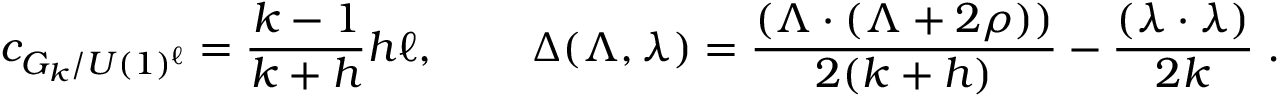
c _ { G _ { k } / U ( 1 ) ^ { \ell } } = \frac { k - 1 } { k + h } h \ell , \, \quad \quad \Delta ( \Lambda , \lambda ) = \frac { ( \Lambda \cdot ( \Lambda + 2 \rho ) ) } { 2 ( k + h ) } - \frac { ( \lambda \cdot \lambda ) } { 2 k } \; .